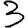
Digit: 3